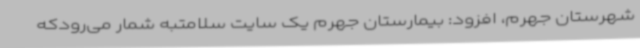
شهرستان جهرم، افزود: بیمارستان جهرم یک سایت سلامتبه شمار می‌رودکه